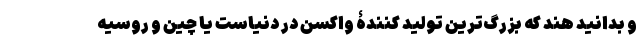
و بدانید هند که بزرگ‌ترین تولید کنندۀ واکسن در دنیاست یا چین و روسیه